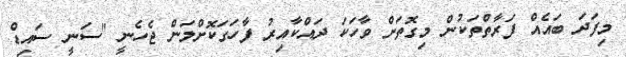
މިފަދަ ބައެއް ފަރާތްތަކުން މިގޮތަށް ވާހަކަ ދައްކާއިރު ފާހަގަކޮށްލަން ޖެހެނީ "ސަނީ ސައިޑް